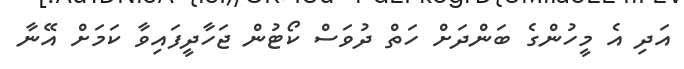
އަދި އެ މީހުންގެ ބަންދަށް ހަތް ދުވަސް ކޯޓުން ޖަހާދީފައިވާ ކަމަށް އޭނާ